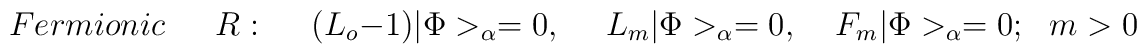
Fermionic~~~~~~~R:~~~~~~ (L_o-1)|\Phi>_{\alpha} =0,~~~~~~L_m|\Phi>_{\alpha}=0,~~~~~F_m|\Phi>_{\alpha}=0;~~~m>0